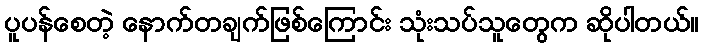
ပူပန်စေတဲ့ နောက်တချက်ဖြစ်ကြောင်း သုံးသပ်သူတွေက ဆိုပါတယ်။